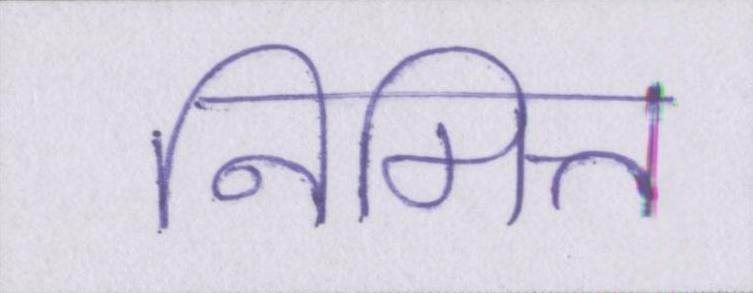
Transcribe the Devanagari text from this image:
निमित्त